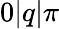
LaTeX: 0\le|q|\le\pi